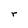
Character: r